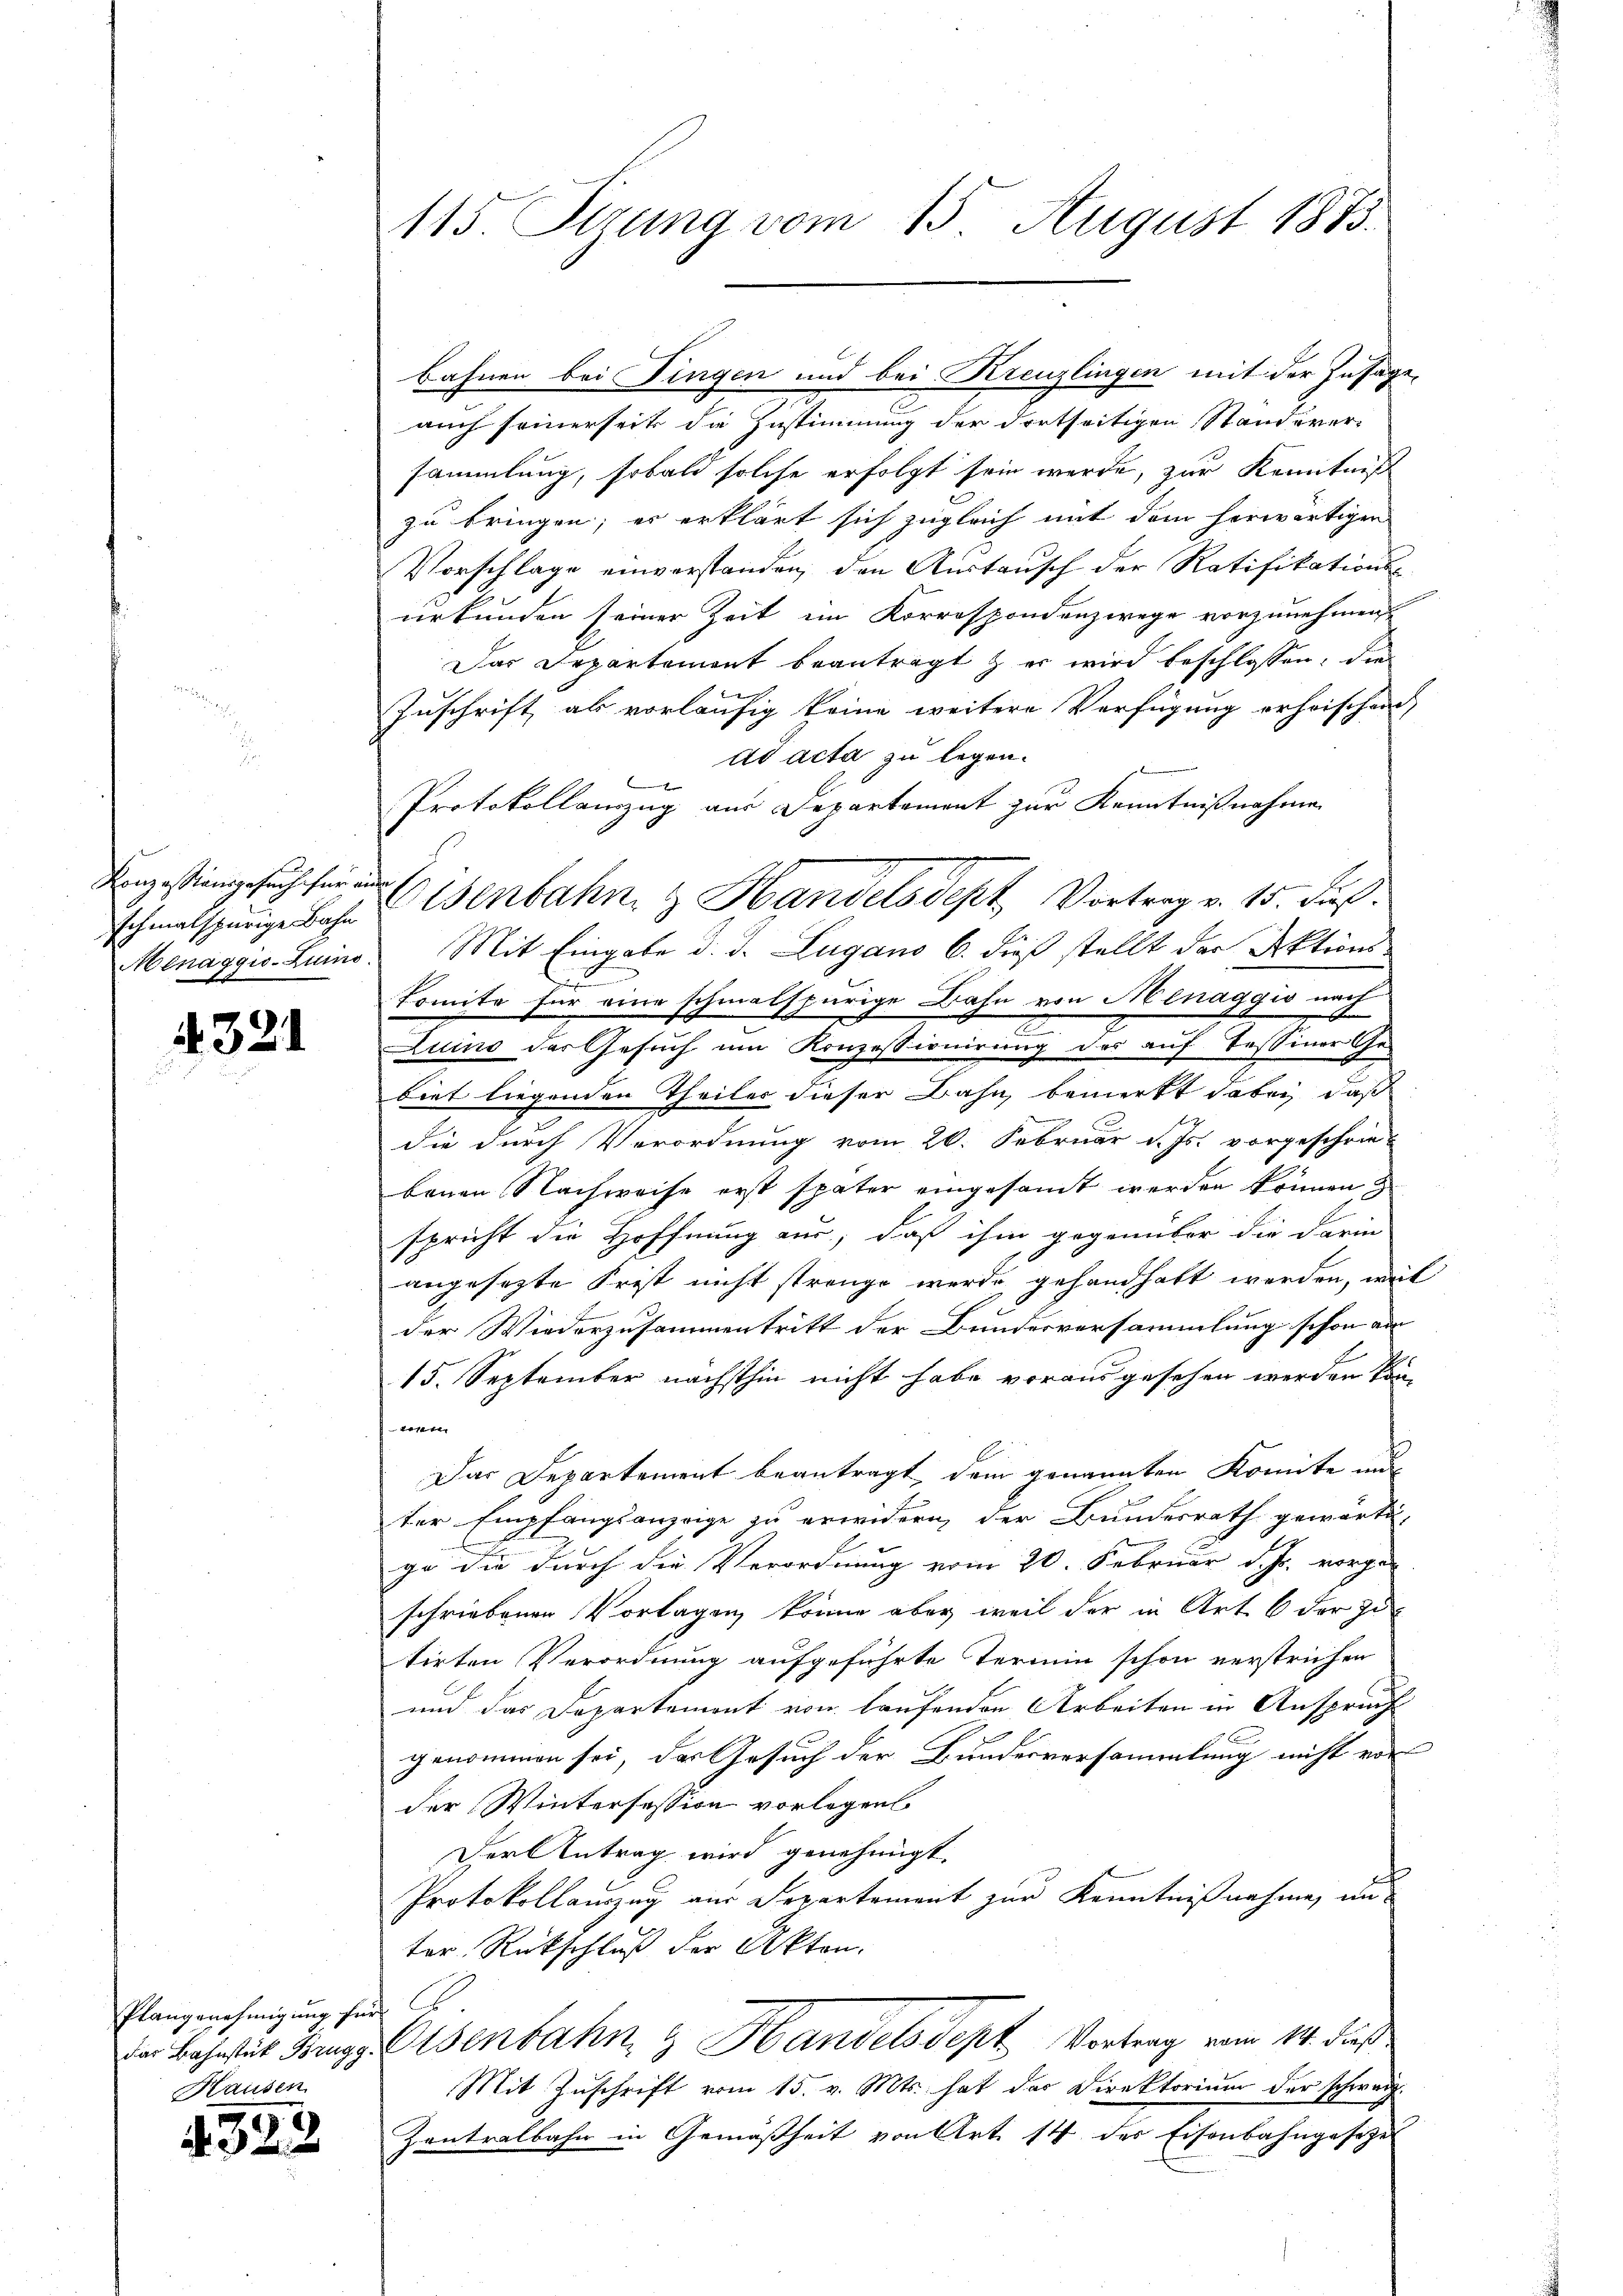
Konzessionsgesuch für nur

4321

Plangenehmigung für
Hausen

4393

auch seinerseits die Zustimmung der dortseitigen Standerer-
sammlung, sobald solche erfolgt sein werde, zur Kenntniß
zu bringen; er erklärt sich zugleich mit dem herwärtigen
Vorschlage einverstanden, den Austausch der Ratifikationsurkunden seiner Zeit im Korrespondenzwege vorzunehmen.
Das Separtement beantragt & er wird beschlossen, die
Zuschrift, als vorläufig keine weitere Verfügung erheischen,
ad acta zu legen.
Protokollauszug aus Departement zur Kenntnißnahme
Menaggis-Luino. Mit Eingabe d. d. Lugano 6. dieß stellt der Aktions-
komite für eine schmalspurige Bahn von Menaggio nach
x
I
Luino der Gesuch um Konzessionirung des auf Tessiner Ge-
biet liegenden Theiler dieser Bahn bemerkt dabei, daß
die durch Verordnung vom 26. Februar d. Js. vorgeschriebauen Nachweise erst später eingesamt werden können
spricht die Hoffnung aus, daß ihm gegenüber die darin
angesezte Frist nicht strenge werde gehandhaft werden, weil
der Wiederzusammentritt der Bundesversammlung schon ad
15. September nächsthin nicht habe vorausgesehen werden kön
wen
Das Departement beantragt dem genannten Komite mi
ter Empfangsanzeige zu erwidern, der Bundesrath gewärtig,
E
ge die durch die Verordnung vom 20. Februar d. Js. vorge-
schriebenen Vorlagen, könne aber weil der in Art. 6 der zutirten Verordnung aufgeführte Termin schon verstrichen
und das Departemont von laufenden Arbeiten in Anspruch
genommen sei, der Gesuch der Bundesversammlung nicht von
der Wintersession vorlegen
Der Antrag wird genehmigt.
Protokollauszug aus Departement zur Kenntnißnahme, an
ter Rückschluß der Akten.
der Bahnstit Bings Eisenbahn & Handelsdept Vortrag vom 14. dieß
Mit Zuschrift vom 15. v. Mts. hat der Direktorium der schweiz.
Zantralbahn in Gemäßheit von Art. 14 des Eisenbahngesezes

115. Perung vom 15. August 1873.

schmalspinge Jahr erbahn & Handelsdept, Vortrag v. 15. Fuß.

Bahnen bei Fingen und bei Kreuzlingen mit der Zusage-